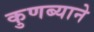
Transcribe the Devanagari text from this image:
कुणब्याने